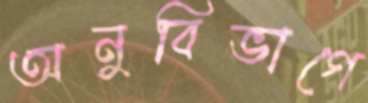
অনুবিভাগে